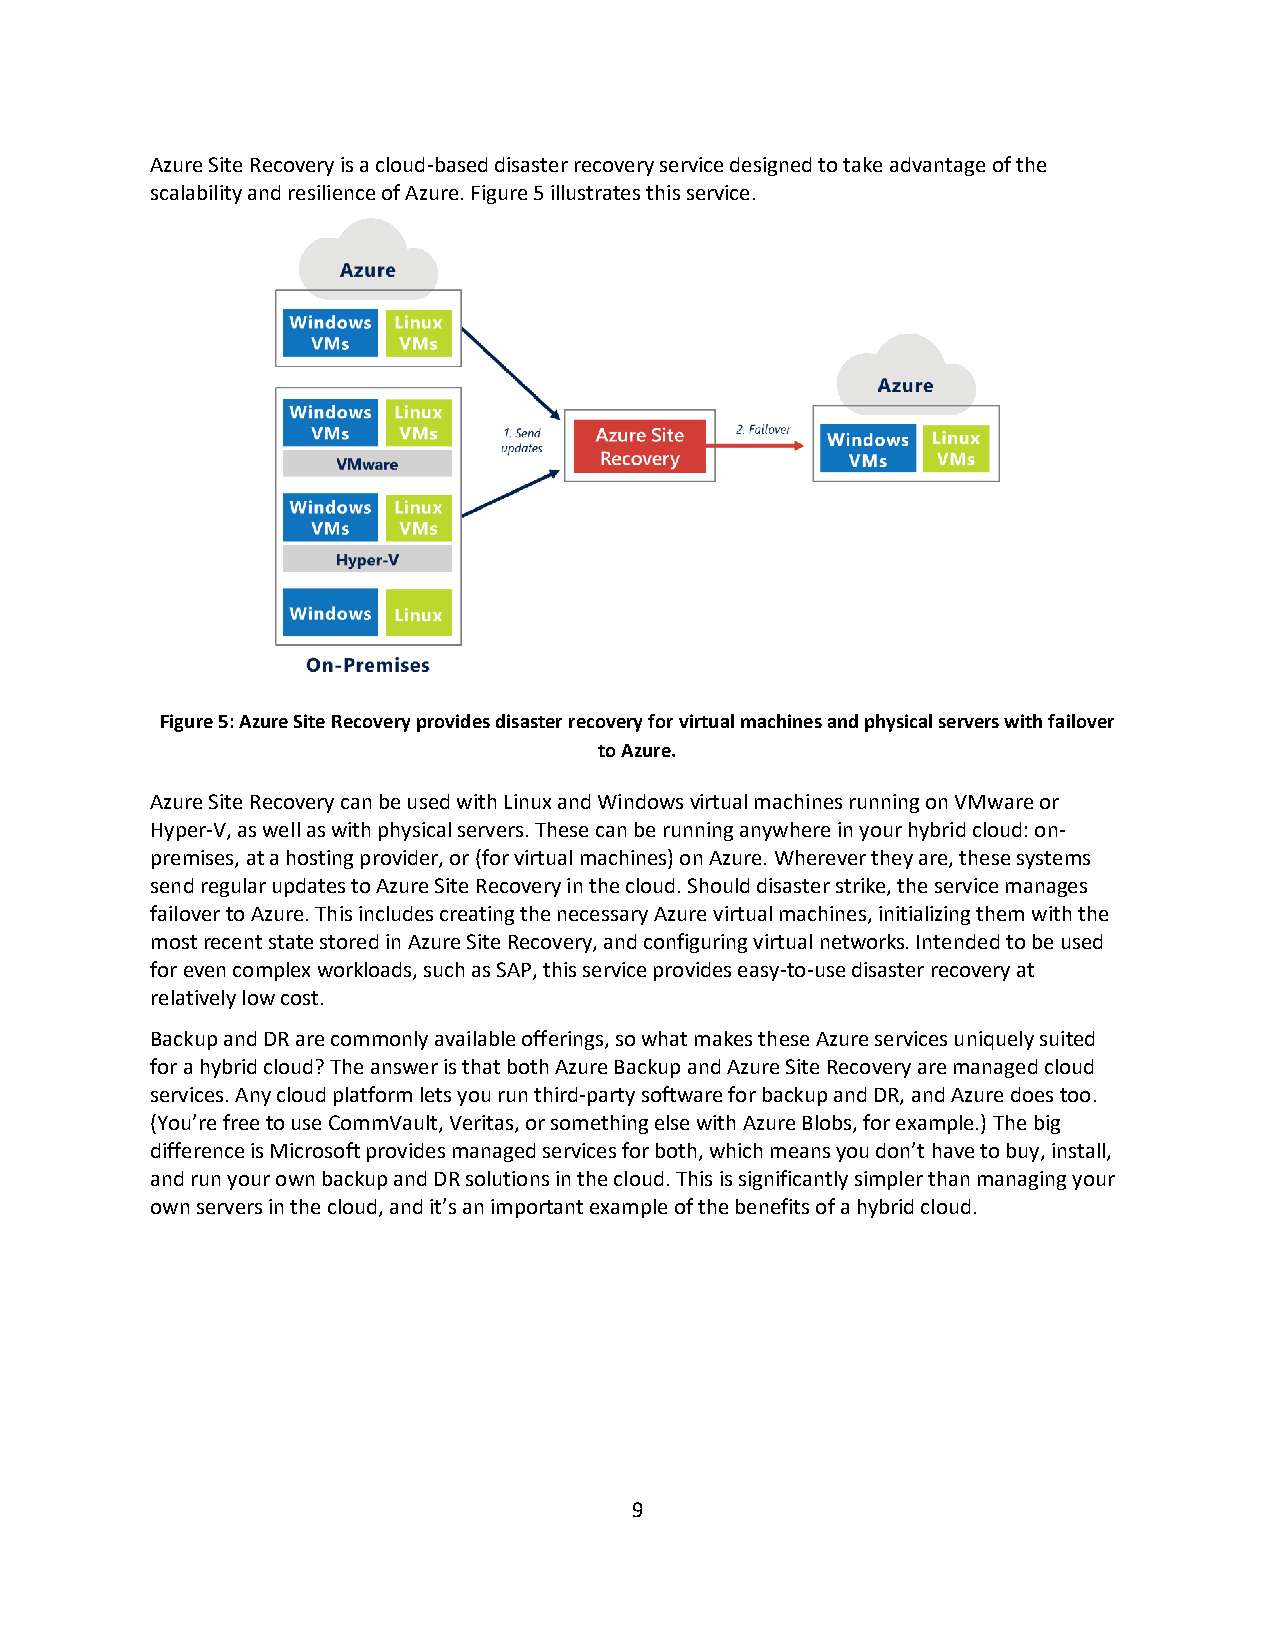
Azure Site Recovery is a cloud-based disaster recovery service designed to take advantage of the
 scalability and resilience of Azure. Figure 5 illustrates this service.
 Figure 5: Azure Site Recovery provides disaster recovery for virtual machines and physical servers with failover
 to Azure.
 Azure Site Recovery can be used with Linux and Windows virtual machines running on VMware or
 Hyper-V, as well as with physical servers. These can be running anywhere in your hybrid cloud: on-
 premises, at a hosting provider, or (for virtual machines) on Azure. Wherever they are, these systems
 send regular updates to Azure Site Recovery in the cloud. Should disaster strike, the service manages
 failover to Azure. This includes creating the necessary Azure virtual machines, initializing them with the
 most recent state stored in Azure Site Recovery, and configuring virtual networks. Intended to be used
 for even complex workloads, such as SAP, this service provides easy-to-use disaster recovery at
 relatively low cost.
 Backup and DR are commonly available offerings, so what makes these Azure services uniquely suited
 for a hybrid cloud? The answer is that both Azure Backup and Azure Site Recovery are managed cloud
 services. Any cloud platform lets you run third-party software for backup and DR, and Azure does too.
 (You’re free to use CommVault, Veritas, or something else with Azure Blobs, for example.) The big
 difference is Microsoft provides managed services for both, which means you don’t have to buy, install,
 and run your own backup and DR solutions in the cloud. This is significantly simpler than managing your
 own servers in the cloud, and it’s an important example of the benefits of a hybrid cloud.
 9